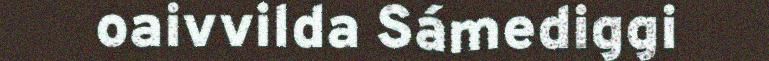
oaivvilda Sámediggi